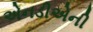
એનડીએની